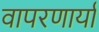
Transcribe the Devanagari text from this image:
वापरणार्या